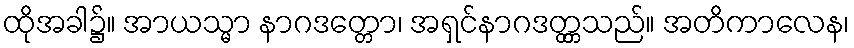
ထိုအခါ၌။ အာယသ္မာ နာဂဒတ္တော၊ အရှင်နာဂဒတ္တ္တသည်။ အတိကာလေန၊